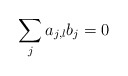
\begin{align*}\sum_ja_{j,l}b_j=0\end{align*}